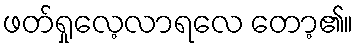
ဖတ်ရှုလေ့လာရလေ တော့၏။